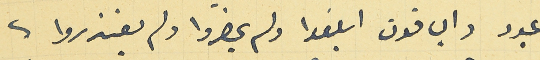
عبود والباقون ابلغوا ولم يحضروا ولم يعتذروا.